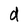
Character: d